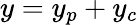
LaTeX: y=y_{p}+y_{c}